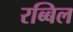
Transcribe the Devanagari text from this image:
रब्बिल